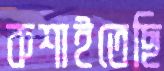
কশাইতেছি